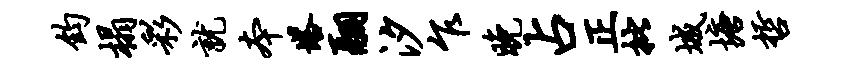
钧榻彩就本塔翮汐乍晚占正批城塘哲